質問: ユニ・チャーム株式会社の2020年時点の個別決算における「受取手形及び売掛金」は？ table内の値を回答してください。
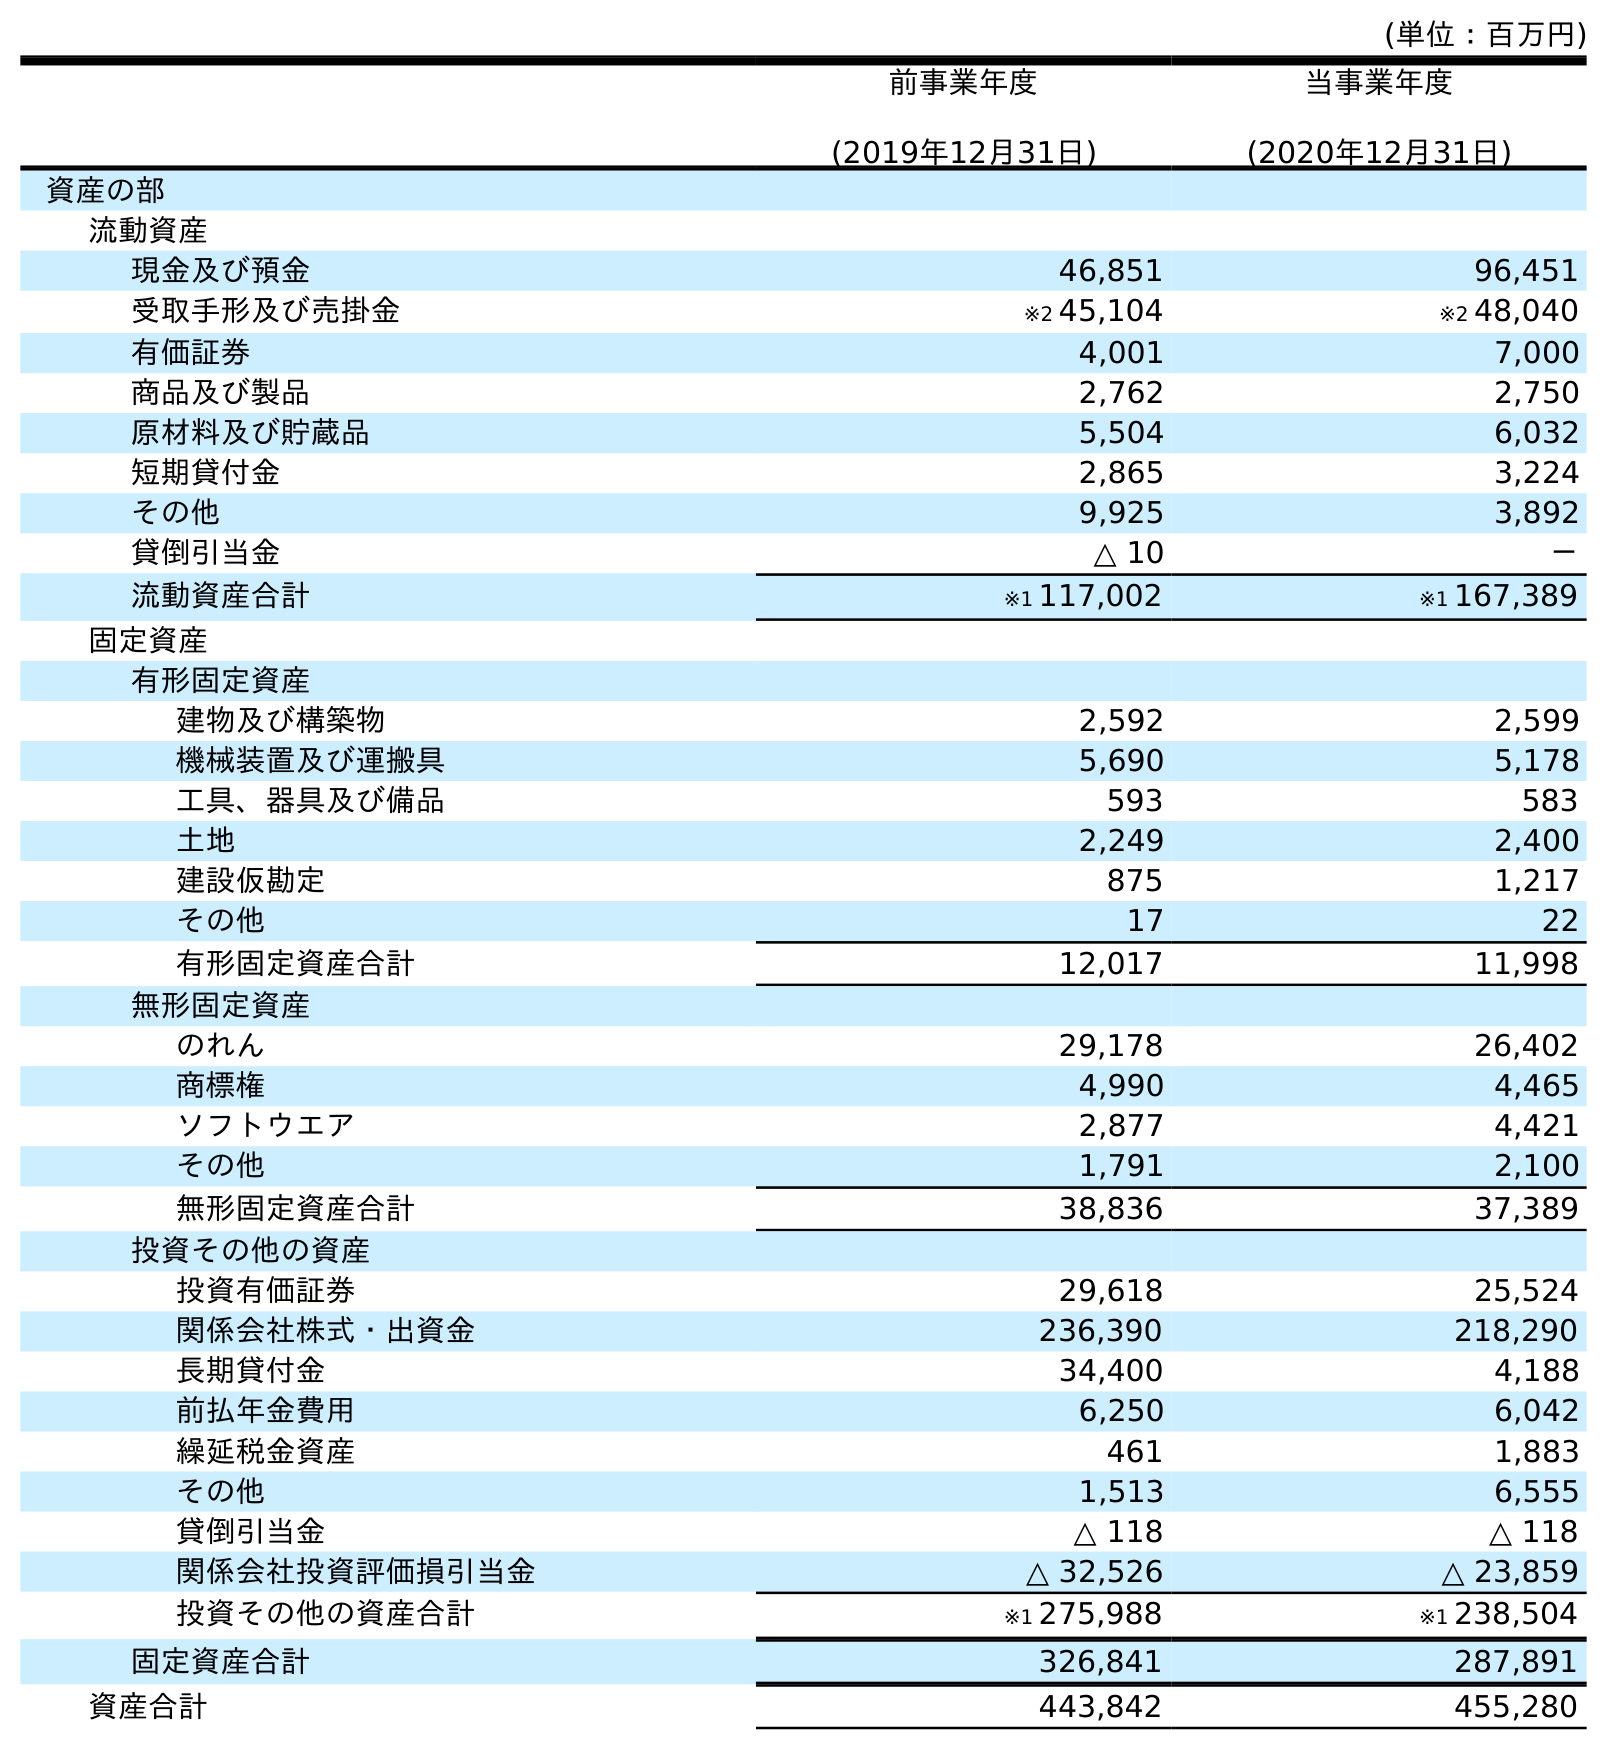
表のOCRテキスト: (単位：百万円) 前事業年度 (2019年12月31日) 当事業年度 (2020年12月31日) 資産の部 流動資産 現金及び預金 46,851 96,451 受取手形及び売掛金 ※2 45,104 ※2 48,040 有価証券 4,001 7,000 商品及び製品 2,762 2,750 原材料及び貯蔵品 5,504 6,032 短期貸付金 2,865 3,224 その他 9,925 3,892 貸倒引当金 △ 10 － 流動資産合計 ※1 117,002 ※1 167,389 固定資産 有形固定資産 建物及び構築物 2,592 2,599 機械装置及び運搬具 5,690 5,178 工具、器具及び備品 593 583 土地 2,249 2,400 建設仮勘定 875 1,217 その他 17 22 有形固定資産合計 12,017 11,998 無形固定資産 のれん 29,178 26,402 商標権 4,990 4,465 ソフトウエア 2,877 4,421 その他 1,791 2,100 無形固定資産合計 38,836 37,389 投資その他の資産 投資有価証券 29,618 25,524 関係会社株式・出資金 236,390 218,290 長期貸付金 34,400 4,188 前払年金費用 6,250 6,042 繰延税金資産 461 1,883 その他 1,513 6,555 貸倒引当金 △ 118 △ 118 関係会社投資評価損引当金 △ 32,526 △ 23,859 投資その他の資産合計 ※1 275,988 ※1 238,504 固定資産合計 326,841 287,891 資産合計 443,842 455,280
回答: ※248,040